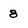
Character: 8